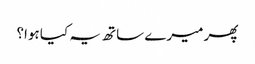
پھر میرے ساتھ یہ کیا ہوا؟